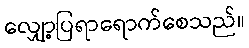
လျှော့ပြရာရောက်စေသည်။